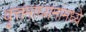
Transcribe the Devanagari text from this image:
वृत्तमाध्यमांमध्ये